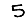
Digit: 5